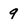
Character: 9